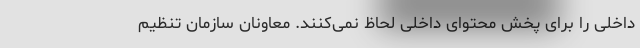
داخلی را برای پخش محتوای داخلی لحاظ نمی‌کنند. معاونان سازمان تنظیم